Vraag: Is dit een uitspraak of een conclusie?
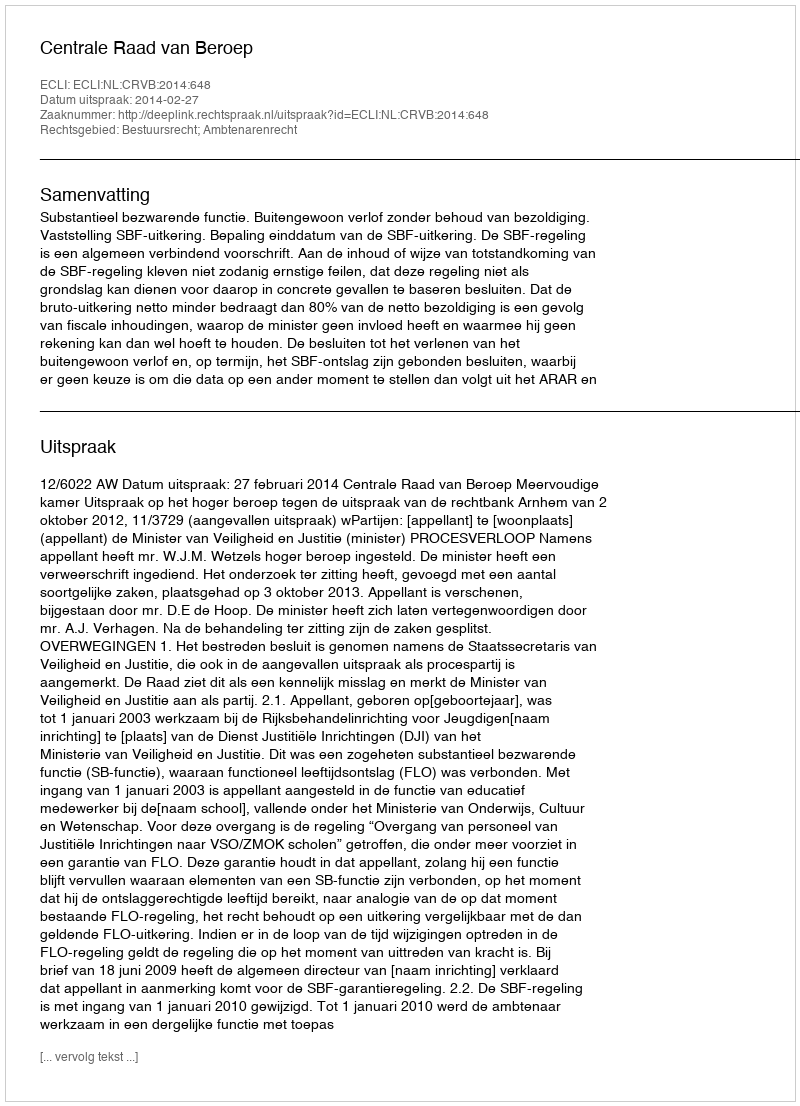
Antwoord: Uitspraak